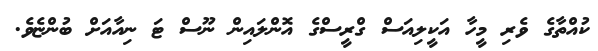
ކުއްތާގެ ވެރި މީހާ އަކީލިއަސް ގްރީސްގެ އޮންލައިން ނޫސް ޓަ ނިއާއަށް ބުންޏެވެ.